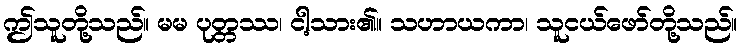
ဤသူတို့သည်။ မမ ပုတ္တဿ၊ ငါ့သား၏။ သဟာယကာ၊ သူငယ်ဖော်တို့သည်။